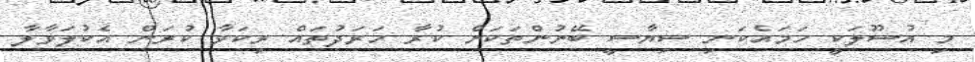
މި އުސޫލަކީ ހަމައެކަނި ސިޔާސީ ބޭނުންތަކަށް ކުރާ ހަރަދުތައް ރިކަވާ ކުރަން އެކުލަވާލާ